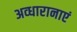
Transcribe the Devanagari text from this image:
अव्धारानाएं